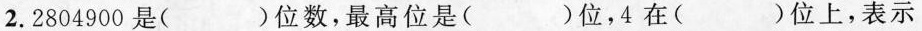
2.2804900是( )位数，最高位是( )位，4在( )位上，